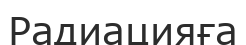
Радиацияға